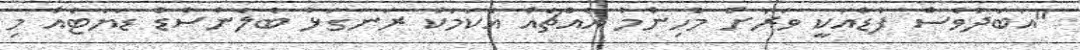
"އަބަދުވެސް ފުޑްއަކީ ވަރަށް މުހިންމު އެއްޗެއް އެކަމަކު ރަނގަޅު ބެލެންސްޑް ޑަޔަޓެއް މި